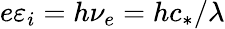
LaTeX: e\varepsilon_{i}=h\nu_{e}=hc_{*}/\lambda